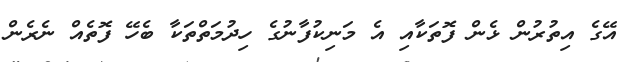
އޭގެ އިތުރުން ޅެން ފޮތަކާއި އެ މަނިކުފާނުގެ ހިދުމަތްތަކާ ބެހޭ ފޮތެއް ނެރެން